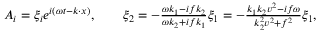
\begin{array} { r } { A _ { i } = \xi _ { i } e ^ { i ( \omega t - k \cdot x ) } , \qquad \xi _ { 2 } = - \frac { \omega k _ { 1 } { - } i f k _ { 2 } } { \omega k _ { 2 } { + } i f k _ { 1 } } \xi _ { 1 } = - \frac { k _ { 1 } k _ { 2 } v ^ { 2 } { - } i f \omega } { k _ { 2 } ^ { 2 } v ^ { 2 } + f ^ { 2 } } \xi _ { 1 } , } \end{array}